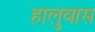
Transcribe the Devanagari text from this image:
हालुवास